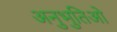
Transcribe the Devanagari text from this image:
अनुभुतिओ